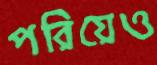
পরিয়েও